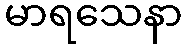
မာရသေနာ